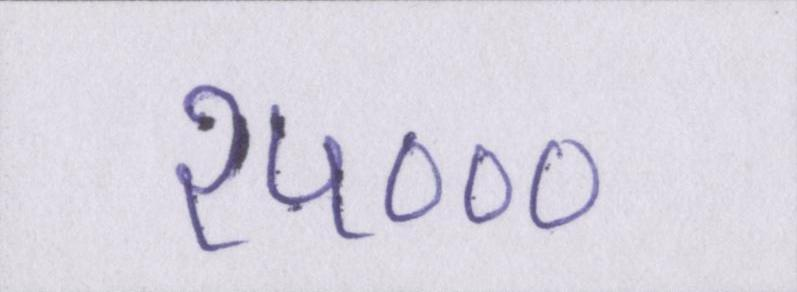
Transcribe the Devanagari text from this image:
२५०००